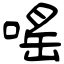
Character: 嗂